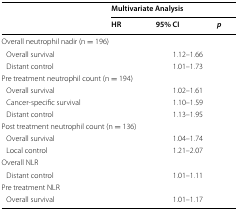
<table><thead><tr><td rowspan="2">[EMPTY_CELL]</td><td colspan="3"><b>Multivariate Analysis</b></td></tr><tr><td><b>HR</b></td><td><b>95% CI</b></td><td><b><i>p</i></b></td></tr></thead><tbody><tr><td colspan="4">Overall neutrophil nadir (n = 196)</td></tr><tr><td> Overall survival</td><td>[EMPTY_CELL]</td><td>1.12–1.66</td><td>[EMPTY_CELL]</td></tr><tr><td> Distant control</td><td>[EMPTY_CELL]</td><td>1.01–1.73</td><td>[EMPTY_CELL]</td></tr><tr><td colspan="4">Pre treatment neutrophil count (n = 194)</td></tr><tr><td> Overall survival</td><td>[EMPTY_CELL]</td><td>1.02–1.61</td><td>[EMPTY_CELL]</td></tr><tr><td> Cancer-specific survival</td><td>[EMPTY_CELL]</td><td>1.10–1.59</td><td>[EMPTY_CELL]</td></tr><tr><td> Distant control</td><td>[EMPTY_CELL]</td><td>1.13–1.95</td><td>[EMPTY_CELL]</td></tr><tr><td colspan="4">Post treatment neutrophil count (n = 136)</td></tr><tr><td> Overall survival</td><td>[EMPTY_CELL]</td><td>1.04–1.74</td><td>[EMPTY_CELL]</td></tr><tr><td> Local control</td><td>[EMPTY_CELL]</td><td>1.21–2.07</td><td>[EMPTY_CELL]</td></tr><tr><td colspan="4">Overall NLR</td></tr><tr><td> Distant control</td><td>[EMPTY_CELL]</td><td>1.01–1.11</td><td>[EMPTY_CELL]</td></tr><tr><td colspan="4">Pre treatment NLR</td></tr><tr><td> Overall survival</td><td>[EMPTY_CELL]</td><td>1.01–1.17</td><td>[EMPTY_CELL]</td></tr></tbody></table>